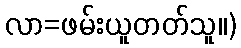
လာ=ဖမ်းယူတတ်သူ။)